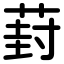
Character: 葑